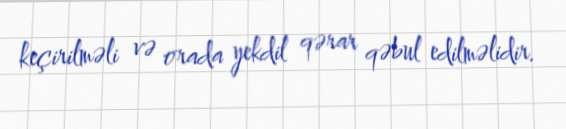
keçirilməli və orada yekdil qərar qəbul edilməlidir.